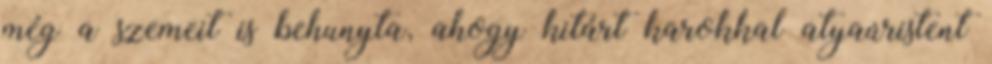
még a szemeit is behunyta, ahogy kitárt karokkal atyaúristent